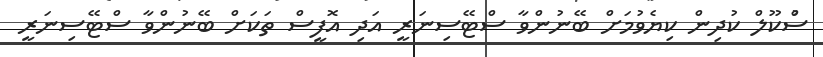
ސްުކޫލް ކުދިން ކިޔެވުމަށް ބޭނުންވާ ސްޓޭސިނަރީ އަދި އޮފީސް ތަކަށް ބޭނުންވާ ސްޓޭސިނަރީ